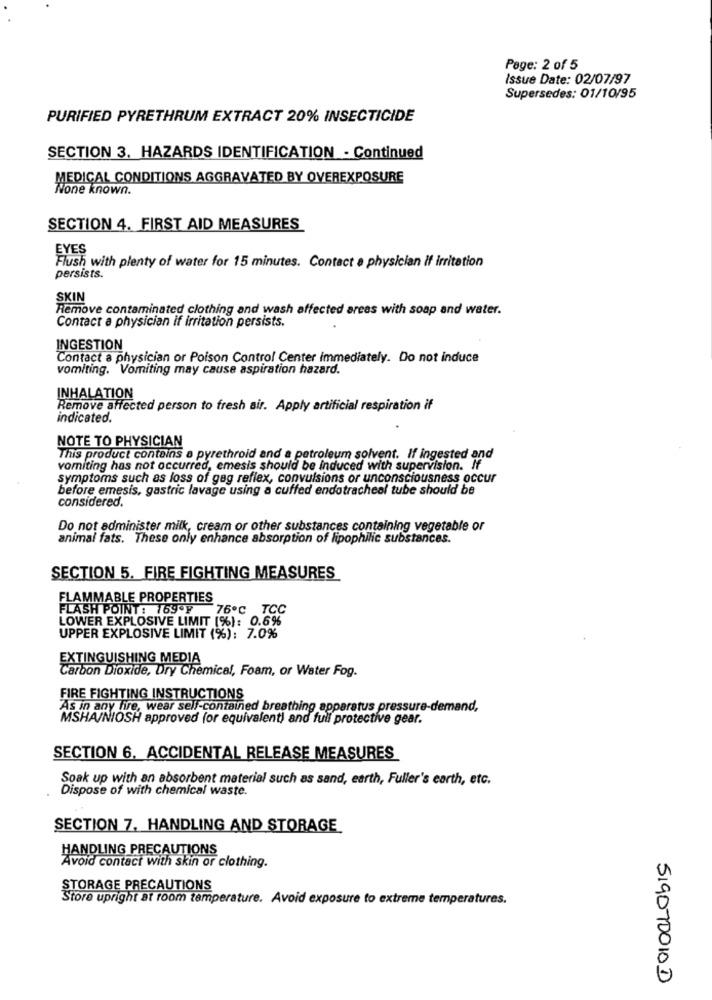
Page: 2 of 5
Issue Date: 02/07/97
Supersedes: 01/10/95
PURIFIED PYRETHRUM EXTRACT 20% INSECTICIDE
SECTION 3. HAZARDS IDENTIFICATION - Continued
MEDICAL CONDITIONS AGGRAVATED BY OVEREXPOSURE
None known.
SECTION 4. FIRST AID MEASURES
EYES
Flush with plenty of water for 15 minutes. Contact a physician if irritation
persists.
SKIN
Remove contaminated clothing and wash affected areas with soap and water.
Contact a physician if irritation persists.
INGESTION
Contact a physician or Poison Control Center immediately. Do not induce
vomiting. Vomiting may cause aspiration hazard.
INHALATION
Remove affected person to fresh air. Apply artificial respiration if
indicated.
NOTE TO PHYSICIAN
This product contains a pyrethroid and a petroleum solvent. If ingested and
vomiting has not occurred, emesis should be Induced with supervision. If
symptoms such as loss of gag reflex, convulsions or unconsciousness occur
before emesis, gastric lavage using a cuffed endotracheal tube should be
considered.
Do not administer milk, cream or other substances containing vegetable or
animal fats. These only enhance absorption of lipophilic substances.
SECTION 5. FIRE FIGHTING MEASURES
FLAMMABLE PROPERTIES
FLASH POINT: 169ºF 76ºC TCC
LOWER EXPLOSIVE LIMIT (%): 0.6%
UPPER EXPLOSIVE LIMIT (%): 7.0%
EXTINGUISHING MEDIA
Carbon Dioxide, Dry Chemical, Foam, or Water Fog.
FIRE FIGHTING INSTRUCTIONS
As in any fire, wear self-contained breathing apparatus pressure-demand,
MSHA/NIOSH approved for equivalent) and full protective gear.
SECTION 6, ACCIDENTAL RELEASE MEASURES
Soak up with an absorbent material such as sand, earth, Fuller's earth, etc.
Dispose of with chemical waste.
SECTION 7. HANDLING AND STORAGE
HANDLING PRECAUTIONS
Avoid contact with skin or clothing.
STORAGE PRECAUTIONS
Store upright at room temperature. Avoid exposure to extreme temperatures.
519070010D